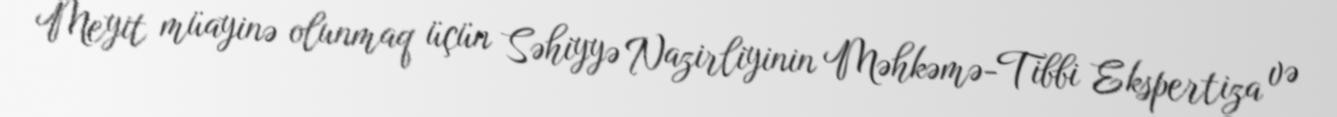
Meyit müayinə olunmaq üçün Səhiyyə Nazirliyinin Məhkəmə-Tibbi Ekspertiza və